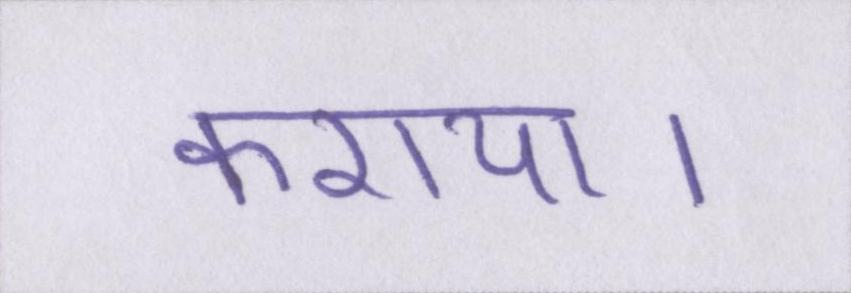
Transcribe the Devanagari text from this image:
कराया।